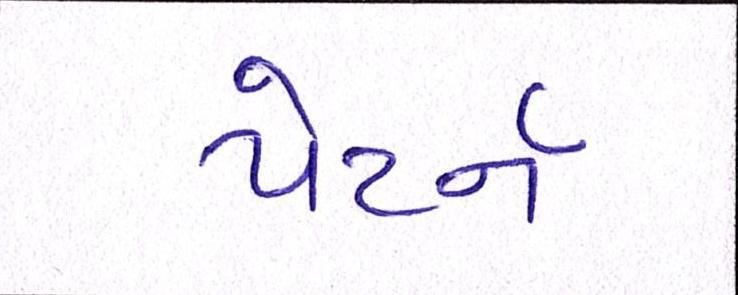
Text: પેટર્ન